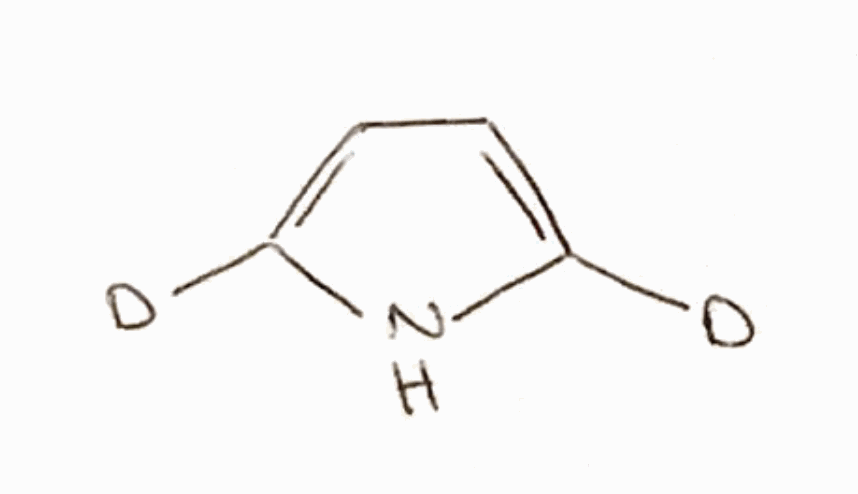
Simplified molecular-input line-entry system (SMILES) notation of the given molecule:
[2H]C1=CC=C(N1)[2H]